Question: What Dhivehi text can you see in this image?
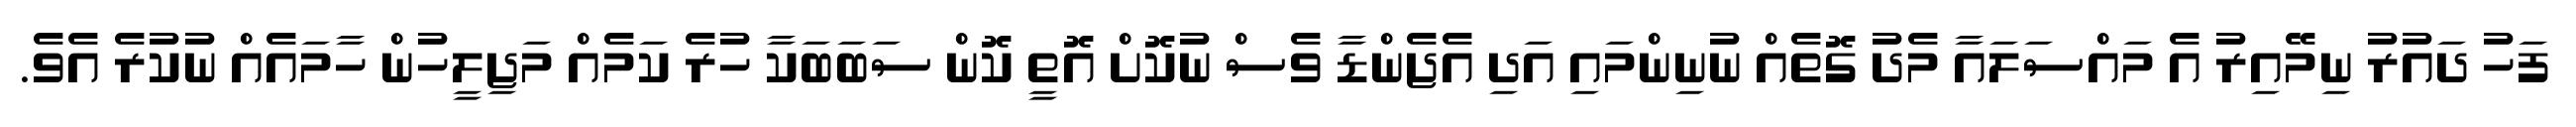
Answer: ފަހު ދައުރު ނިމޭއިރު އެ މައްސަލައާ މެދު ގޮތެއް ނުނިންމައި އަދި އެޖެންޑާ ވެސް ނުކޮށް އޮތީ ކޮން ސަބަބަކާ ހުރެ ކަމެއް މަޖިލީހުން ހާމައެއް ނުކުރެ އެވެ.